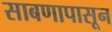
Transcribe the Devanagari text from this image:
साबणापासून